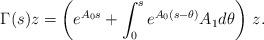
LaTeX: \begin{align*}\Gamma(s)z = \left(e^{A_0s} + \int_0^se^{A_0(s-\theta)}A_1 d\theta\right)\,z.\end{align*}